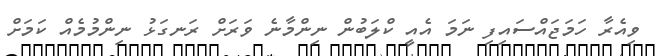
ވިއެރާ ހަމަޖައްސައިފި ނަމަ އެއީ ކްލަބުން ނިންމާނެ ވަރަށް ރަނގަޅު ނިންމުމެއް ކަމަށް